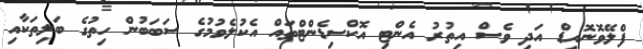
ފްލޭވޮނޮއިޑް އަދި ވެސް އިތުރު އެންޓި އޮކްސިޑެންޓްތައް އެކުލެވުމުގެ ސަބަބުން ހިތުގެ ބަލިތަކާއި